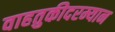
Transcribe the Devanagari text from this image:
वाहतुकीदरम्यान